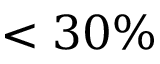
< 3 0 \%